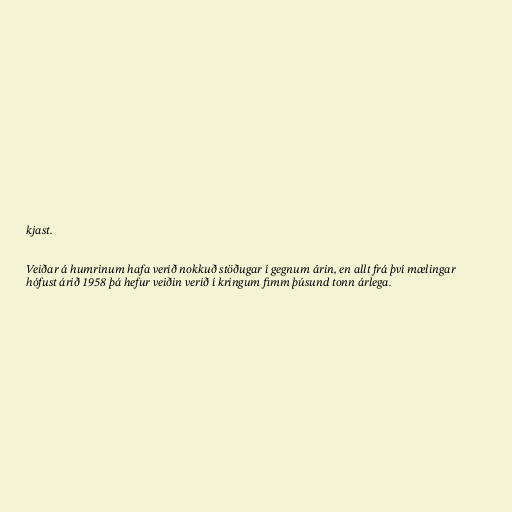
kjast.

Veiðar á humrinum hafa verið nokkuð stöðugar í gegnum árin, en allt frá því mælingar
hófust árið 1958 þá hefur veiðin verið í kringum fimm þúsund tonn árlega.